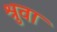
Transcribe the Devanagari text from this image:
श्रुवा